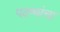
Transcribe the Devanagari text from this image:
पदव्यांचा